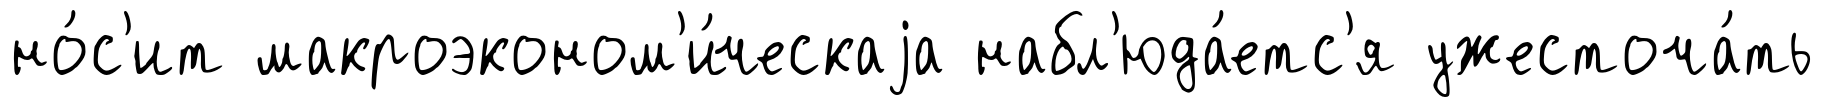
но́с'ит макроэконом'и́ческаjа набл'юда́етс'я ужесточа́ть